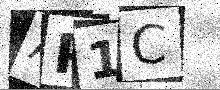
Text: AP1C